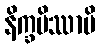
နိက္ခမိဿာမိ